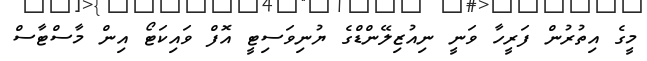
މީގެ އިތުރުން ފަރީހާ ވަނީ ނިއުޒިލޭންޑްގެ ޔުނިވަސިޓީ އޮފް ވައިކަޓޯ އިން މާސްޓާސް